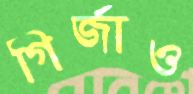
গির্জাও